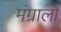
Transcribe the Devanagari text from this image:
मंग्रालो